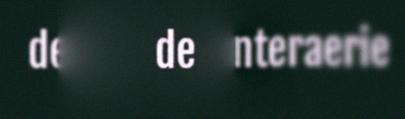
departemeenteraerie